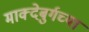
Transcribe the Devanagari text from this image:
माक्देबुर्गच्या